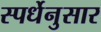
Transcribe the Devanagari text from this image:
स्पर्धेनुसार